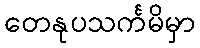
တေနုပသင်္ကမိမှာ